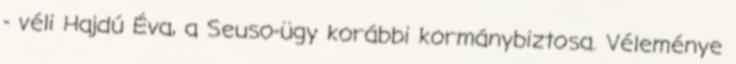
- véli Hajdú Éva, a Seuso-ügy korábbi kormánybiztosa. Véleménye